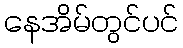
နေအိမ်တွင်ပင်